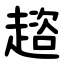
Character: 趦